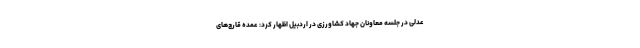
عدلی در جلسه معاونان جهاد کشاورزی در اردبیل اظهار کرد: عمده قارچ‌های